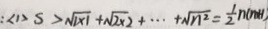
: < 1 > S > \sqrt { 1 \times 1 } + \sqrt { 2 \times 2 } + \cdots + \sqrt { n ^ { 2 } } = \frac { 1 } { 2 } n ( n + 1 )